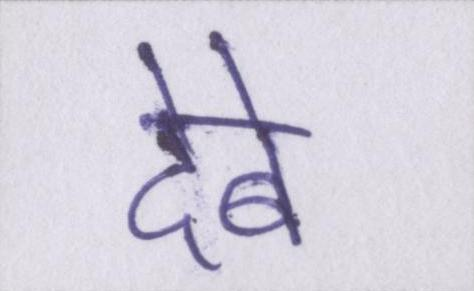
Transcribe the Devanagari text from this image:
देबे